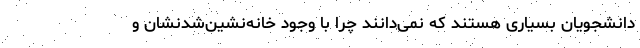
دانشجویان بسیاری هستند که نمی‌دانند چرا با وجود خانه‌نشین‌شدنشان و